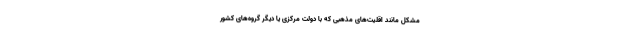
مشکل مانند اقلیت‌های مذهبی که با دولت مرکزی یا دیگر گروه‌های کشور